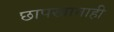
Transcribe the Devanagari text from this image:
छापखानाही